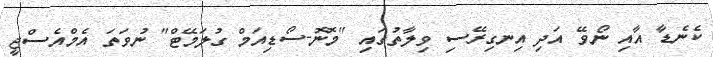
ކެނެޑާ އާއި ނޯވޭ އަދި އިނގިރޭސި ވިލާތުގައި "މޮނޮ-ސޯޑިއަމް ގުލަމޭޓް" ނުވަތަ އެމްއެސްޖީ